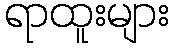
ရာထူးများ